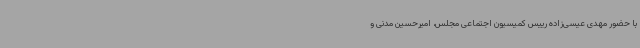
با حضور مهدی عیسی‌زاده رییس کمیسیون اجتماعی مجلس، امیرحسین مدنی و